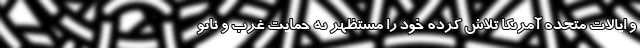
و ایالات متحده آمریکا تلاش کرده خود را مستظهر به حمایت غرب و ناتو